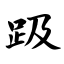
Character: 趿